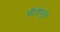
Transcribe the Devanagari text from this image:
भीतीयुक्त